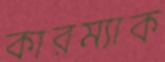
কারম্যাক